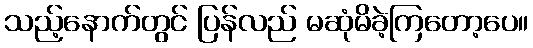
သည့်နောက်တွင် ပြန်လည် မဆုံမိခဲ့ကြတော့ပေ။